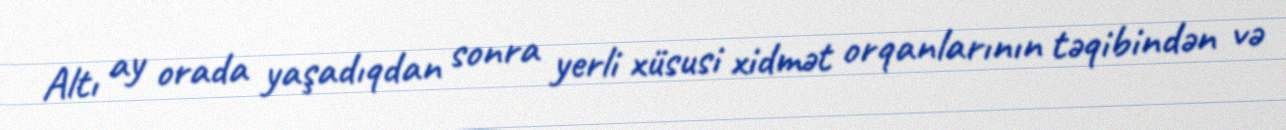
Altı ay orada yaşadıqdan sonra yerli xüsusi xidmət orqanlarının təqibindən və